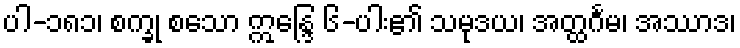
ပါ-၁၈၁၊ စက္ခု စသော ဣန္ဒြေ ၆-ပါး၏ သမုဒယ၊ အတ္ထင်္ဂမ၊ အဿာဒ၊